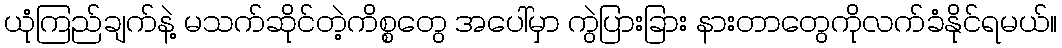
ယုံကြည်ချက်နဲ့ မသက်ဆိုင်တဲ့ကိစ္စတွေ အပေါ်မှာ ကွဲပြားခြား နားတာတွေကိုလက်ခံနိုင်ရမယ်။